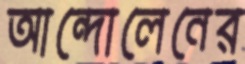
আন্দোলেনের